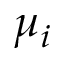
\mu _ { i }